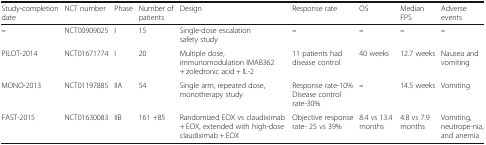
<table><thead><tr><td><b>Study-completion date</b></td><td><b>NCT number</b></td><td><b>Phase</b></td><td><b>Number of patients</b></td><td><b>Design</b></td><td><b>Response rate</b></td><td><b>OS</b></td><td><b>Median FPS</b></td><td><b>Adverse events</b></td></tr></thead><tbody><tr><td><b>–</b></td><td>NCT00909025</td><td>I</td><td>15</td><td>Single-dose escalation safety study</td><td><b>–</b></td><td><b>–</b></td><td><b>–</b></td><td><b>–</b></td></tr><tr><td>PILOT-2014</td><td>NCT01671774</td><td>I</td><td>20</td><td>Multiple dose, immunomodulation IMAB362 + zoledronic acid + IL-2</td><td>11 patients had disease control</td><td>40 weeks</td><td>12.7 weeks</td><td>Nausea and vomiting</td></tr><tr><td>MONO-2013</td><td>NCT01197885</td><td>IIA</td><td>54</td><td>Single arm, repeated dose, monotherapy study</td><td>Response rate-10%Disease control rate-30%</td><td><b>–</b></td><td>14.5 weeks</td><td>Vomiting</td></tr><tr><td>FAST-2015</td><td>NCT01630083</td><td>IIB</td><td>161 +85</td><td>Randomized EOX vs claudiximab + EOX, extended with high-dose claudiximab + EOX</td><td>Objective response rate- 25 vs 39%</td><td>8.4 vs 13.4 months</td><td>4.8 vs 7.9 months</td><td>Vomiting, neutrope-nia, and anemia</td></tr></tbody></table>